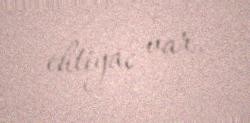
ehtiyac var.